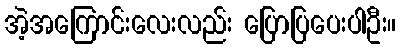
အဲ့အကြောင်းလေးလည်း ပြောပြပေးပါဦး။